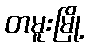
တမူးမြို့